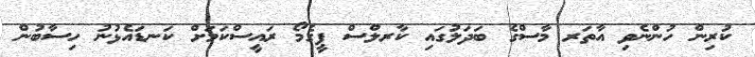
ކުރިން ހުންނެވި އާތަރ މާސްގެ ބަދަލުގައި ކާރލްސް ޕީގެމޯ ރައީސްކަމަށް ކަނޑައެޅުނު ހިސާބުން